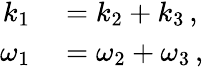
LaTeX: \begin{array}{rl}{k_{1}}&{{}=k_{2}+k_{3}\mathrm{\, ,}}\\ {\omega_{1}}&{{}=\omega_{2}+\omega_{3}\mathrm{\, ,}}\end{array}